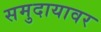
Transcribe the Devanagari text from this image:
समुदायावर